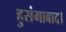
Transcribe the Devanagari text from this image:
हुसंगाबाद।